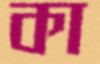
কা